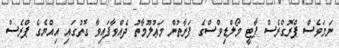
ނަމަވެސް ޕްރޮގްރެސް ޕާޓީ މޯލްޑިވްސްގެ ފަރާތުން މަޢުލޫމާތު ދެއްވާފައިވާ ގޮތުގައި އިއްޔެގެ ޕްރެސް